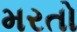
મરતો